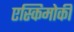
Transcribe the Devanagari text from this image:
एस्किमोकी